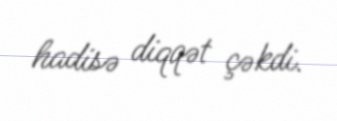
hadisə diqqət çəkdi.